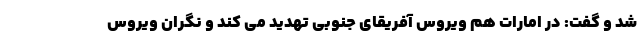
شد و گفت: در امارات هم ویروس آفریقای جنوبی تهدید می کند و نگران ویروس